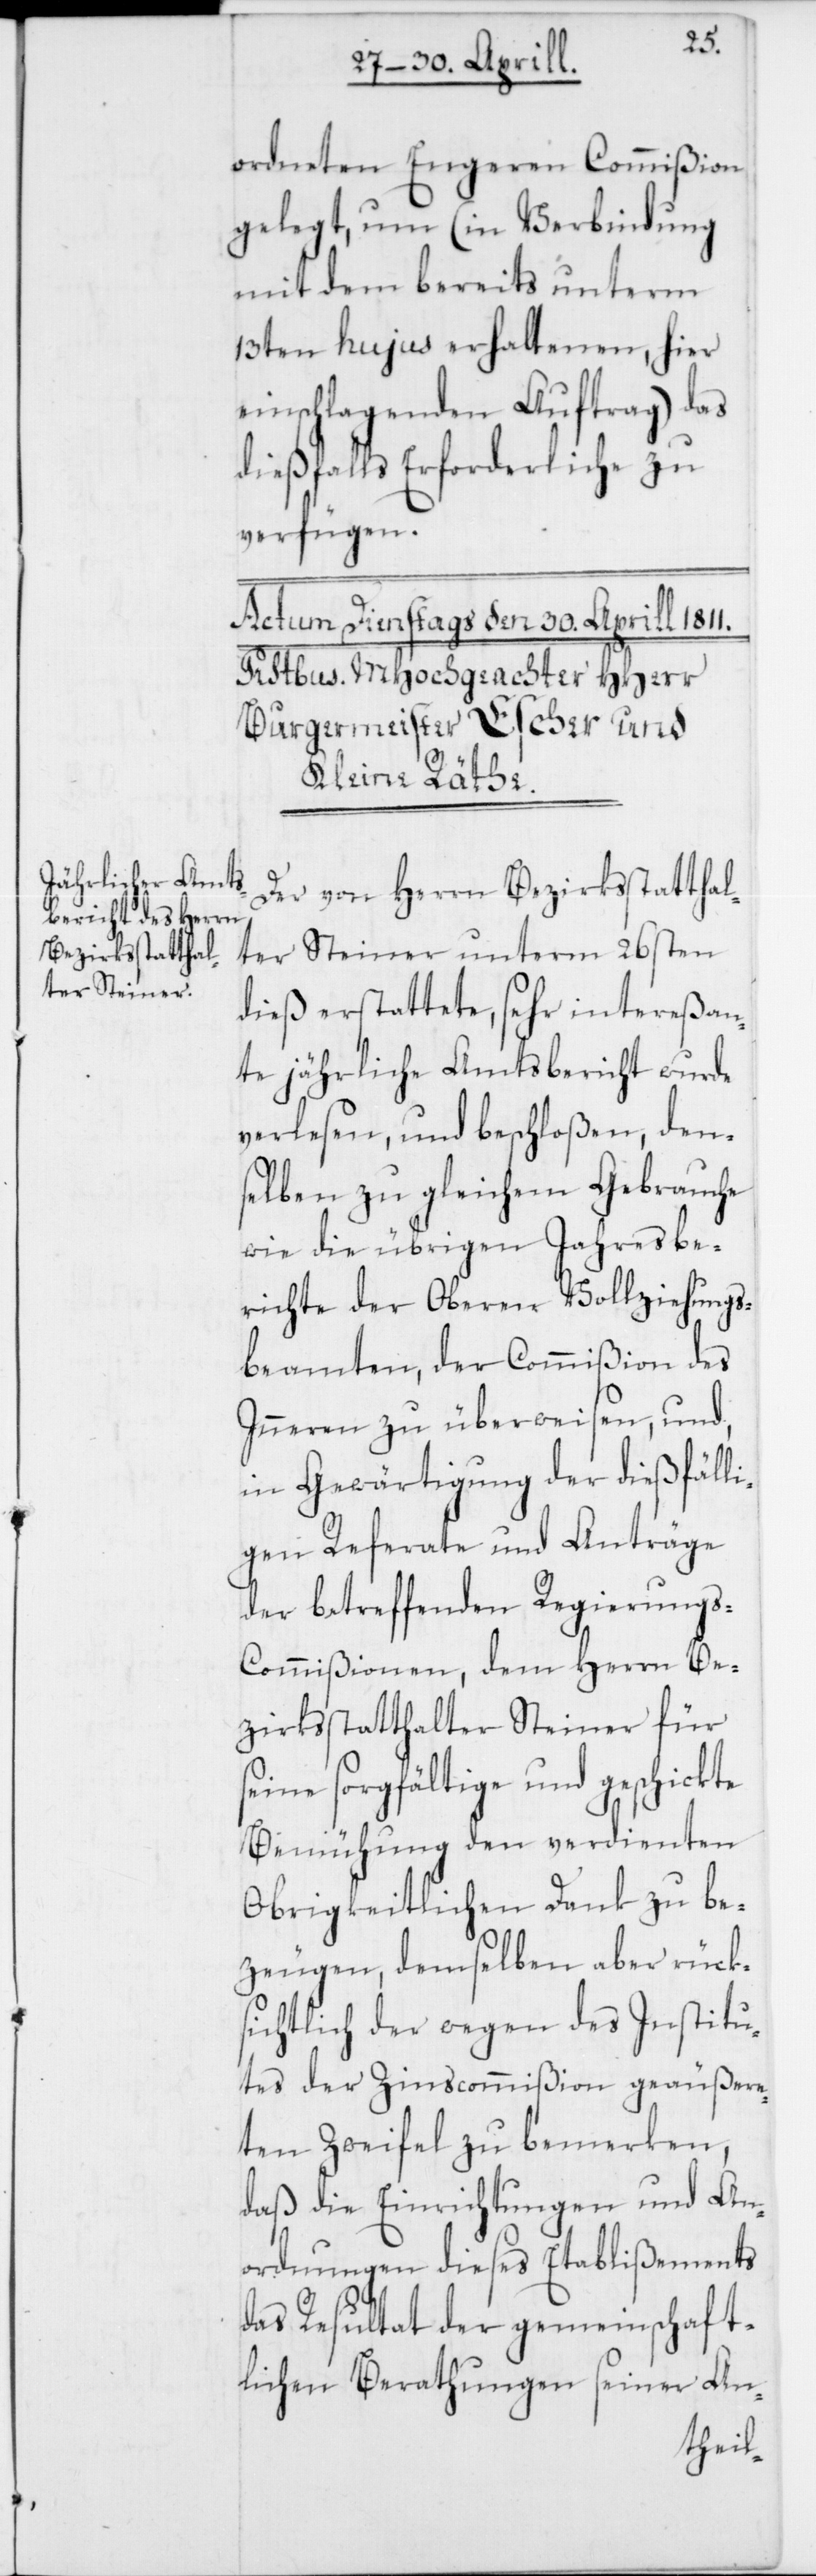
ordneten Engeren Commißion
gelegt, um (in Verbindung
mit dem bereits unterm
13ten hujus erhaltenen, hier
einschlagenden Auftrag) das
dießfalls Erforderliche zu
verfügen.
Der von Herrn Bezirksstatthal¬
ter Steiner unterm 26sten
dieß erstattete, sehr intereßan¬
te jährliche Amtsbericht wurde
verlesen, und beschloßen, den¬
selben zu gleichem Gebrauche
wie die übrigen Jahresbe¬
richte der Oberen Vollziehungs¬
beamten, der Commißion des
Inneren zu überweisen, und,
in Gewärtigung der dießfälli¬
gen Referate und Anträge
der betreffenden Regierung¬
s-Commißionen, dem Herrn Be¬
zirksstatthalter Steiner für
seine sorgfältige und geschickte
Bemühung den verdienten
Obrigkeitlichen Dank zu be¬
zeugen, demselben aber rück¬
sichtlich der wegen des Institu¬
tes der Zinscommißion geäußere¬
ten Zweifel zu bemerken,
daß die Einrichtungen und An¬
ordnungen dieses Etablißements
das Resultat der gemeinschaft¬
lichen Berathungen seiner An-